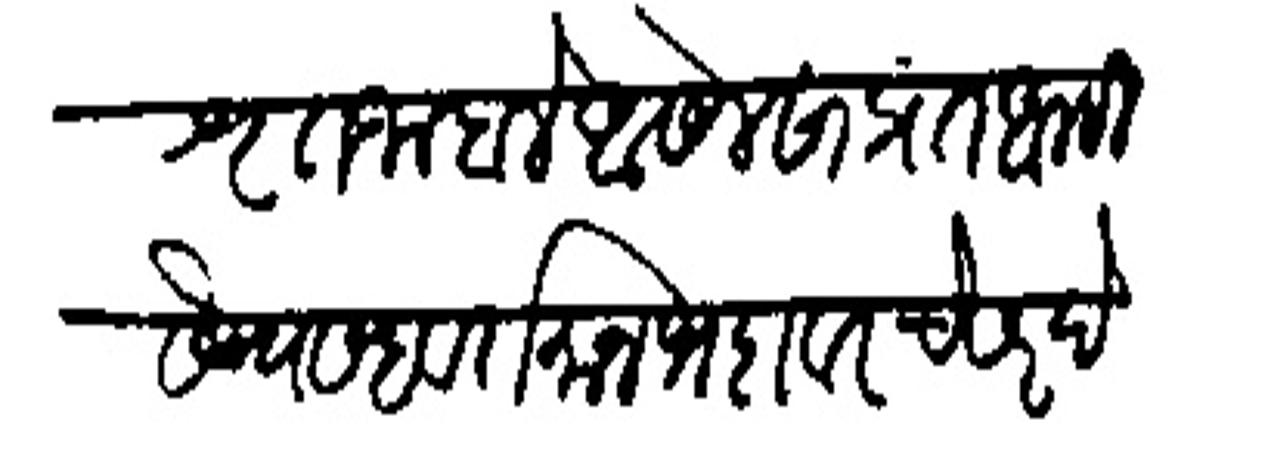
Transliteration (Devanagari): शृत जाहाले आसेल सांप्रत आम्ही संन्यसहवर्तमान भदावरचे सरदेस